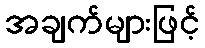
အချက်များဖြင့်